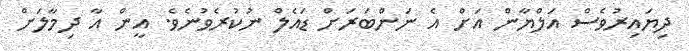
ދިޔައިރުވެސް އަލްޔާން އަށް އެ ނަންބަރަށް ޑައެލް ނުކުރެވުނެވެ. އީން އާ ދިމާލަށް